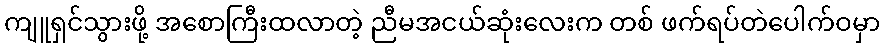
ကျူရှင်သွားဖို့ အစောကြီးထလာတဲ့ ညီမအငယ်ဆုံးလေးက တစ် ဖက်ရပ်တဲပေါက်ဝမှာ